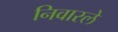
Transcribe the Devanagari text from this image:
निवारले